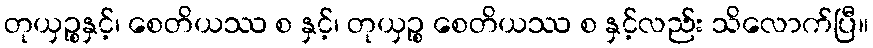
တုယှဉ္စနှင့်၊ စေတိယဿ စ နှင့်၊ တုယှဉ္စ စေတိယဿ စ နှင့်လည်း သိလောက်ပြီ။